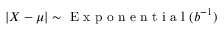
\left| X - \mu \right| \sim { \textrm { E x p o n e n t i a l } } ( b ^ { - 1 } )